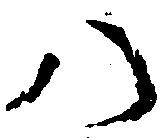
八